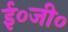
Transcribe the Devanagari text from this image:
ई०जी०